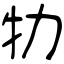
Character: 牞